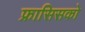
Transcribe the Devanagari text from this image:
फ्रासिसको